Document type: Grant
Year: 1403
Scribe: Berenguer Pedrosell
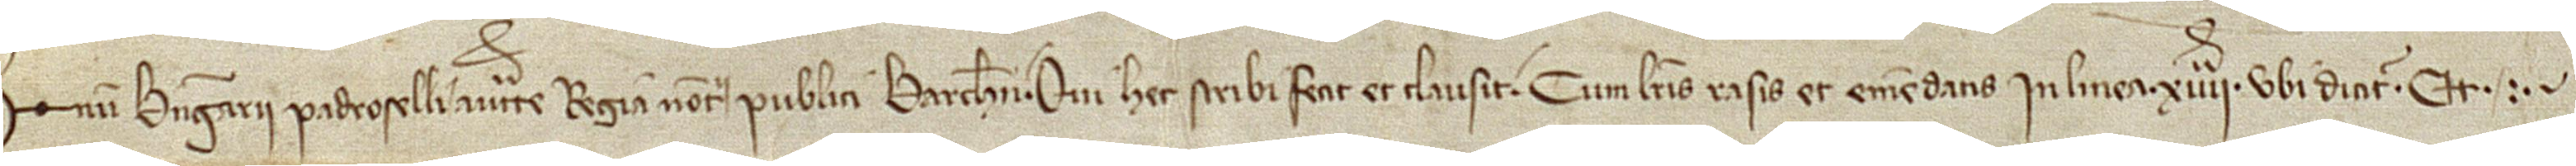
num Berengarii Padroselli, auctoritate regia notarii publici Barchinone, qui hec scribi fecit et clausit cum literis rasis et emendatis in linea XIIIIª, ubi dicitur "et".